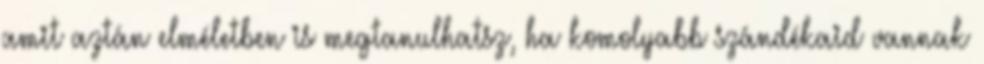
amit aztán elméletben is megtanulhatsz, ha komolyabb szándékaid vannak